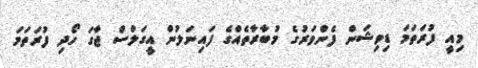
މިއީ ފުރަތަމަ ޑިވިޝަން ފެންވަރުގެ މުބާރާތެއްގެ ފައިނަލުން އީގަލްސް ޖާގަ ހޯދި ފުރަތަމަ